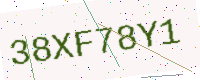
Text: 38XF78Y1